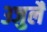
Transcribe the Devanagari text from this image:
३जुलै